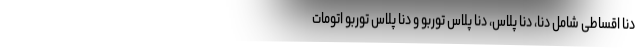
دنا اقساطی شامل دنا، دنا پلاس، دنا پلاس توربو و دنا پلاس توربو اتومات